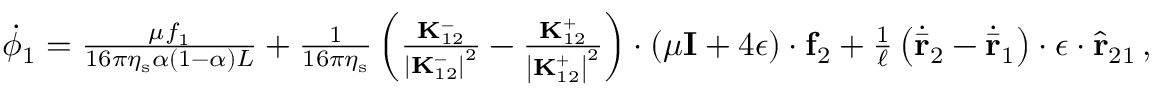
\begin{array} { r } { \dot { \phi } _ { 1 } = \frac { \mu f _ { 1 } } { 1 6 \pi \eta _ { \mathrm { s } } \alpha ( 1 - \alpha ) L } + \frac { 1 } { 1 6 \pi \eta _ { \mathrm { s } } } \left( \frac { \mathbf { K } _ { 1 2 } ^ { - } } { \left| \mathbf { K } _ { 1 2 } ^ { - } \right| ^ { 2 } } - \frac { \mathbf { K } _ { 1 2 } ^ { + } } { \left| \mathbf { K } _ { 1 2 } ^ { + } \right| ^ { 2 } } \right) \cdot \left( \mu \mathbf { I } + 4 \boldsymbol { \epsilon } \right) \cdot \mathbf { f } _ { 2 } + \frac { 1 } { \ell } \left( \dot { \bar { \mathbf { r } } } _ { 2 } - \dot { \bar { \mathbf { r } } } _ { 1 } \right) \cdot \boldsymbol { \epsilon } \cdot \hat { \mathbf { r } } _ { 2 1 } \, , } \end{array}